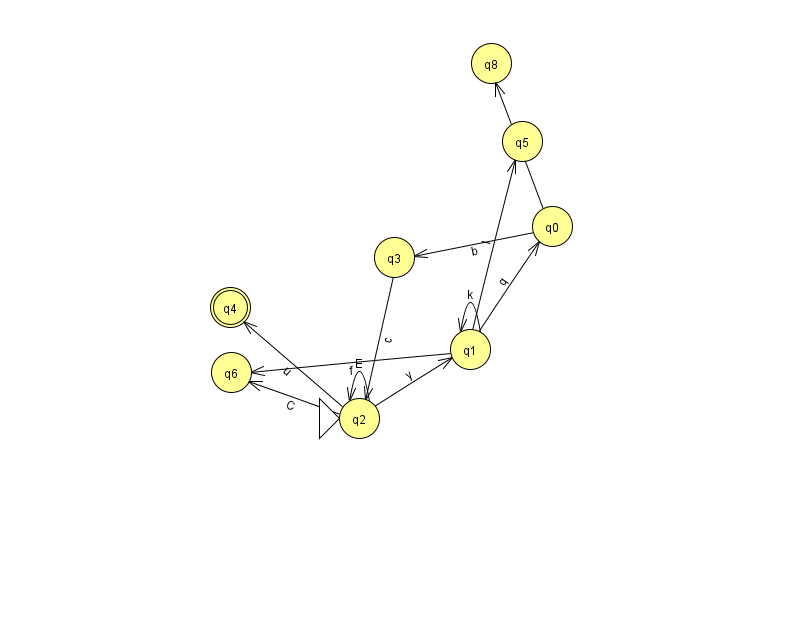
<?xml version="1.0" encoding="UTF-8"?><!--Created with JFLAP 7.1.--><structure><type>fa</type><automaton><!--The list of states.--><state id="0" name="q0"><x>552.0</x><y>213.0</y></state><state id="1" name="q1"><x>470.0</x><y>336.0</y></state><state id="2" name="q2"><x>359.0</x><y>405.0</y><initial/></state><state id="3" name="q3"><x>394.0</x><y>244.0</y></state><state id="4" name="q4"><x>230.0</x><y>294.0</y><final/></state><state id="5" name="q5"><x>522.0</x><y>128.0</y></state><state id="6" name="q6"><x>231.0</x><y>359.0</y></state><state id="8" name="q8"><x>491.0</x><y>50.0</y></state><!--The list of transitions.--><transition><from>0</from><to>3</to><read>b</read></transition><transition><from>2</from><to>4</to><read>u</read></transition><transition><from>2</from><to>2</to><read>E</read></transition><transition><from>1</from><to>6</to><read>f</read></transition><transition><from>1</from><to>1</to><read>k</read></transition><transition><from>2</from><to>6</to><read>C</read></transition><transition><from>3</from><to>2</to><read>c</read></transition><transition><from>1</from><to>5</to><read>l</read></transition><transition><from>0</from><to>8</to><read>B</read></transition><transition><from>2</from><to>1</to><read>y</read></transition><transition><from>1</from><to>0</to><read>q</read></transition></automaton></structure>